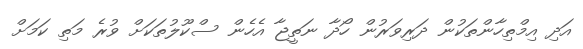
އަދި އިމްތިހާންތަކުން ދަރިވަރުން ހޯދާ ނަތީޖާ އެހެން ސްކޫލުތަކަށް ވުރެ މަތި ކަމަށް